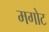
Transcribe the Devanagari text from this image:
मगोट